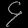
Digit: ၄